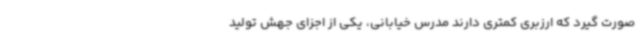
صورت گیرد که ارزبری کمتری دارند مدرس خیابانی، یکی از اجزای جهش تولید